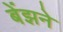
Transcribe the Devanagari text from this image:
बेंझने